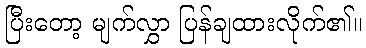
ပြီးတော့ မျက်လွှာ ပြန်ချထားလိုက်၏။